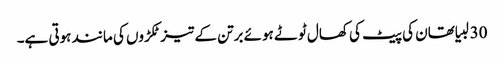
30 لبیا تھان کی پیٹ کی کھال ٹوٹے ہوئے برتن کے تیز ٹکڑوں کی مانند ہوتی ہے۔